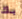
بك